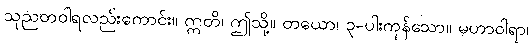
သုညတဝါရလည်းကောင်း။ ဣတိ၊ ဤသို့။ တယော၊ ၃-ပါးကုန်သော။ မဟာဝါရာ၊